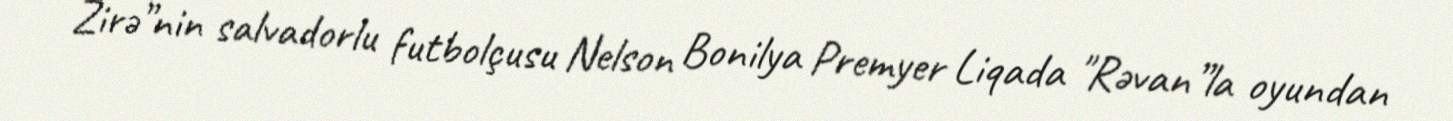
Zirə”nin salvadorlu futbolçusu Nelson Bonilya Premyer Liqada "Rəvan”la oyundan